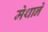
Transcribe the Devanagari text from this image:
मेथाने